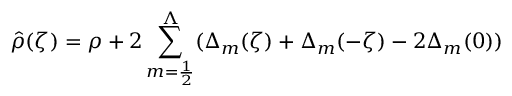
\hat { \rho } ( \zeta ) = \rho + 2 \sum _ { m = { \frac { 1 } { 2 } } } ^ { \Lambda } ( \Delta _ { m } ( \zeta ) + \Delta _ { m } ( - \zeta ) - 2 \Delta _ { m } ( 0 ) )